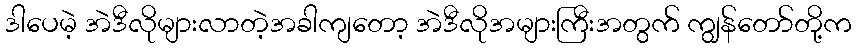
ဒါပေမဲ့ အဲဒီလိုများလာတဲ့အခါကျတော့ အဲဒီလိုအများကြီးအတွက် ကျွန်တော်တို့က